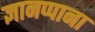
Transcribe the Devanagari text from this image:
ज्ञानप्पाना